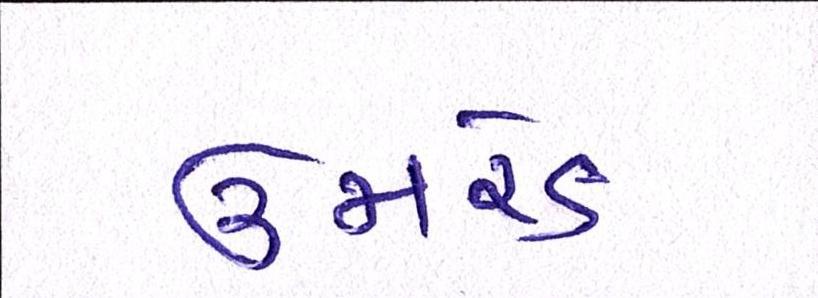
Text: ઉમરેડ